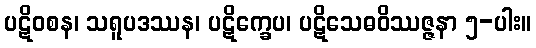
ပဋိဝစန၊ သရူပဒဿန၊ ပဋိက္ခေပ၊ ပဋိသေဓဝိဿဇ္ဇနာ ၅-ပါး။